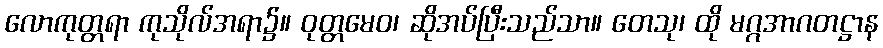
လောကုတ္တရာ ကုသိုလ်အရာ၌။ ဝုတ္တမေဝ၊ ဆိုအပ်ပြီးသည်သာ။ တေသု၊ ထို မဂ္ဂအာဂတဋ္ဌာန